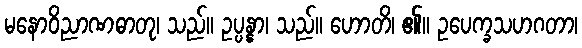
မနောဝိညာဏဓာတု၊ သည်။ ဥပ္ပန္နာ၊ သည်။ ဟောတိ၊ ၏။ ဥပေက္ခသဟဂတာ၊